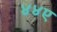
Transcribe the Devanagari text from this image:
४४ए